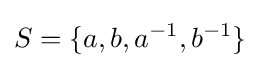
S=\{a,b,a^{-1},b^{-1}\}